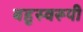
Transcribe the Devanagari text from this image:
बहुस्वरूपी